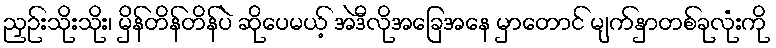
ညှဉ်းသိုးသိုး၊ မှိန်တိန်တိန်ပဲ ဆိုပေမယ့် အဲဒီလိုအခြေအနေ မှာတောင် မျက်နှာတစ်ခုလုံးကို